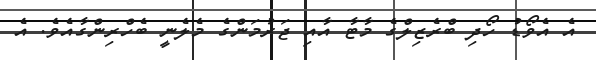
އެ އެވޯޑު ހޯދި ބްރެޒިލްގެ މާޓާ އާއި ޖަރުމަންގެ މެލެނީ ބެހްރިންގާއެވެ. އެ